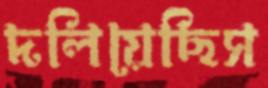
দলিয়েছিস